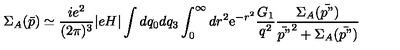
\Sigma _ { A } ( \bar { p } ) \simeq \frac { i e ^ { 2 } } { ( 2 \pi ) ^ { 3 } } | e H | \int d q _ { 0 } d q _ { 3 } \int _ { 0 } ^ { \infty } d r ^ { 2 } \mathrm { e } ^ { - r ^ { 2 } } \frac { G _ { 1 } } { q ^ { 2 } } \frac { \Sigma _ { A } ( \bar { p " } ) } { \bar { p " } ^ { 2 } + \Sigma _ { A } ( \bar { p " } ) }